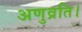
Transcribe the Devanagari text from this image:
अणुव्रति।